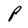
Character: P